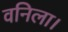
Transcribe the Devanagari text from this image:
वनिला।